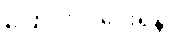
ပြောင်းလဲပေးရန်